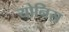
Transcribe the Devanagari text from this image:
योनिस